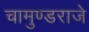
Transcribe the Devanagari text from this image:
चामुण्डराजे